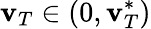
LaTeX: \mathbf{v}_{T}\in(0,\mathbf{v}_{T}^{*})